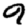
Digit: 9